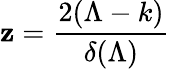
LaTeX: \mathbf{z}=\frac{{2(\Lambda-k)}}{{\delta(\Lambda)}}